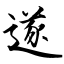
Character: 遂